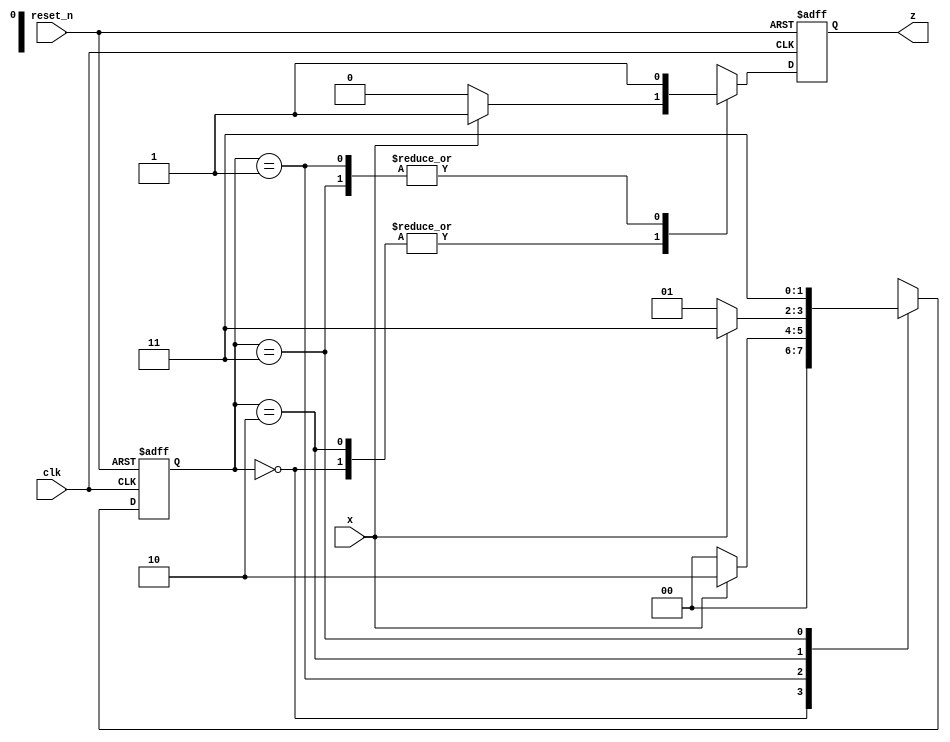
// Homework 6 - Question 2 | FSM

`timescale 1ns/1ns
module Q2(x, clk, reset_n, z);

input x, clk, reset_n;
output reg z;

reg [1:0] y;

// S0 = 2'bAB, S1 = 2'bAB, etc...
parameter [1:0] S0 = 2'b00, S1 = 2'b01, S2 = 2'b10, S3 = 2'b11;

always @ (posedge clk, negedge reset_n) begin
	if(reset_n == 0) begin y <= S1; z = 0; end
	else
		case(y)
			S0: if(x) begin y = S0; z = 1; end
			 	 else  begin y = S0; z = 0; end
			S1: if(x) begin y = S2; z = 1; end
		    	 else  begin y = S0; z = 1; end
			S2: if(x) begin y = S3; z = 1; end
			 	 else  begin y = S1; z = 0; end
			S3: begin y = S3; z = 1; end
			default: begin y = 2'bxx; z = 0; end
		endcase
end
endmodule